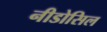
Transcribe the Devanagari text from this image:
नीडोसिल